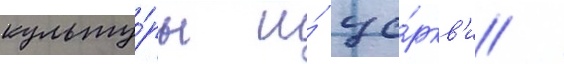
культу́ры и́ це́ркв'и /